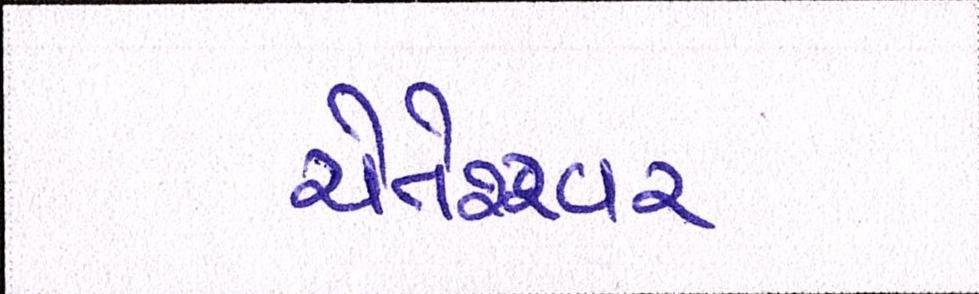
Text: ચેતેશ્ર્વર